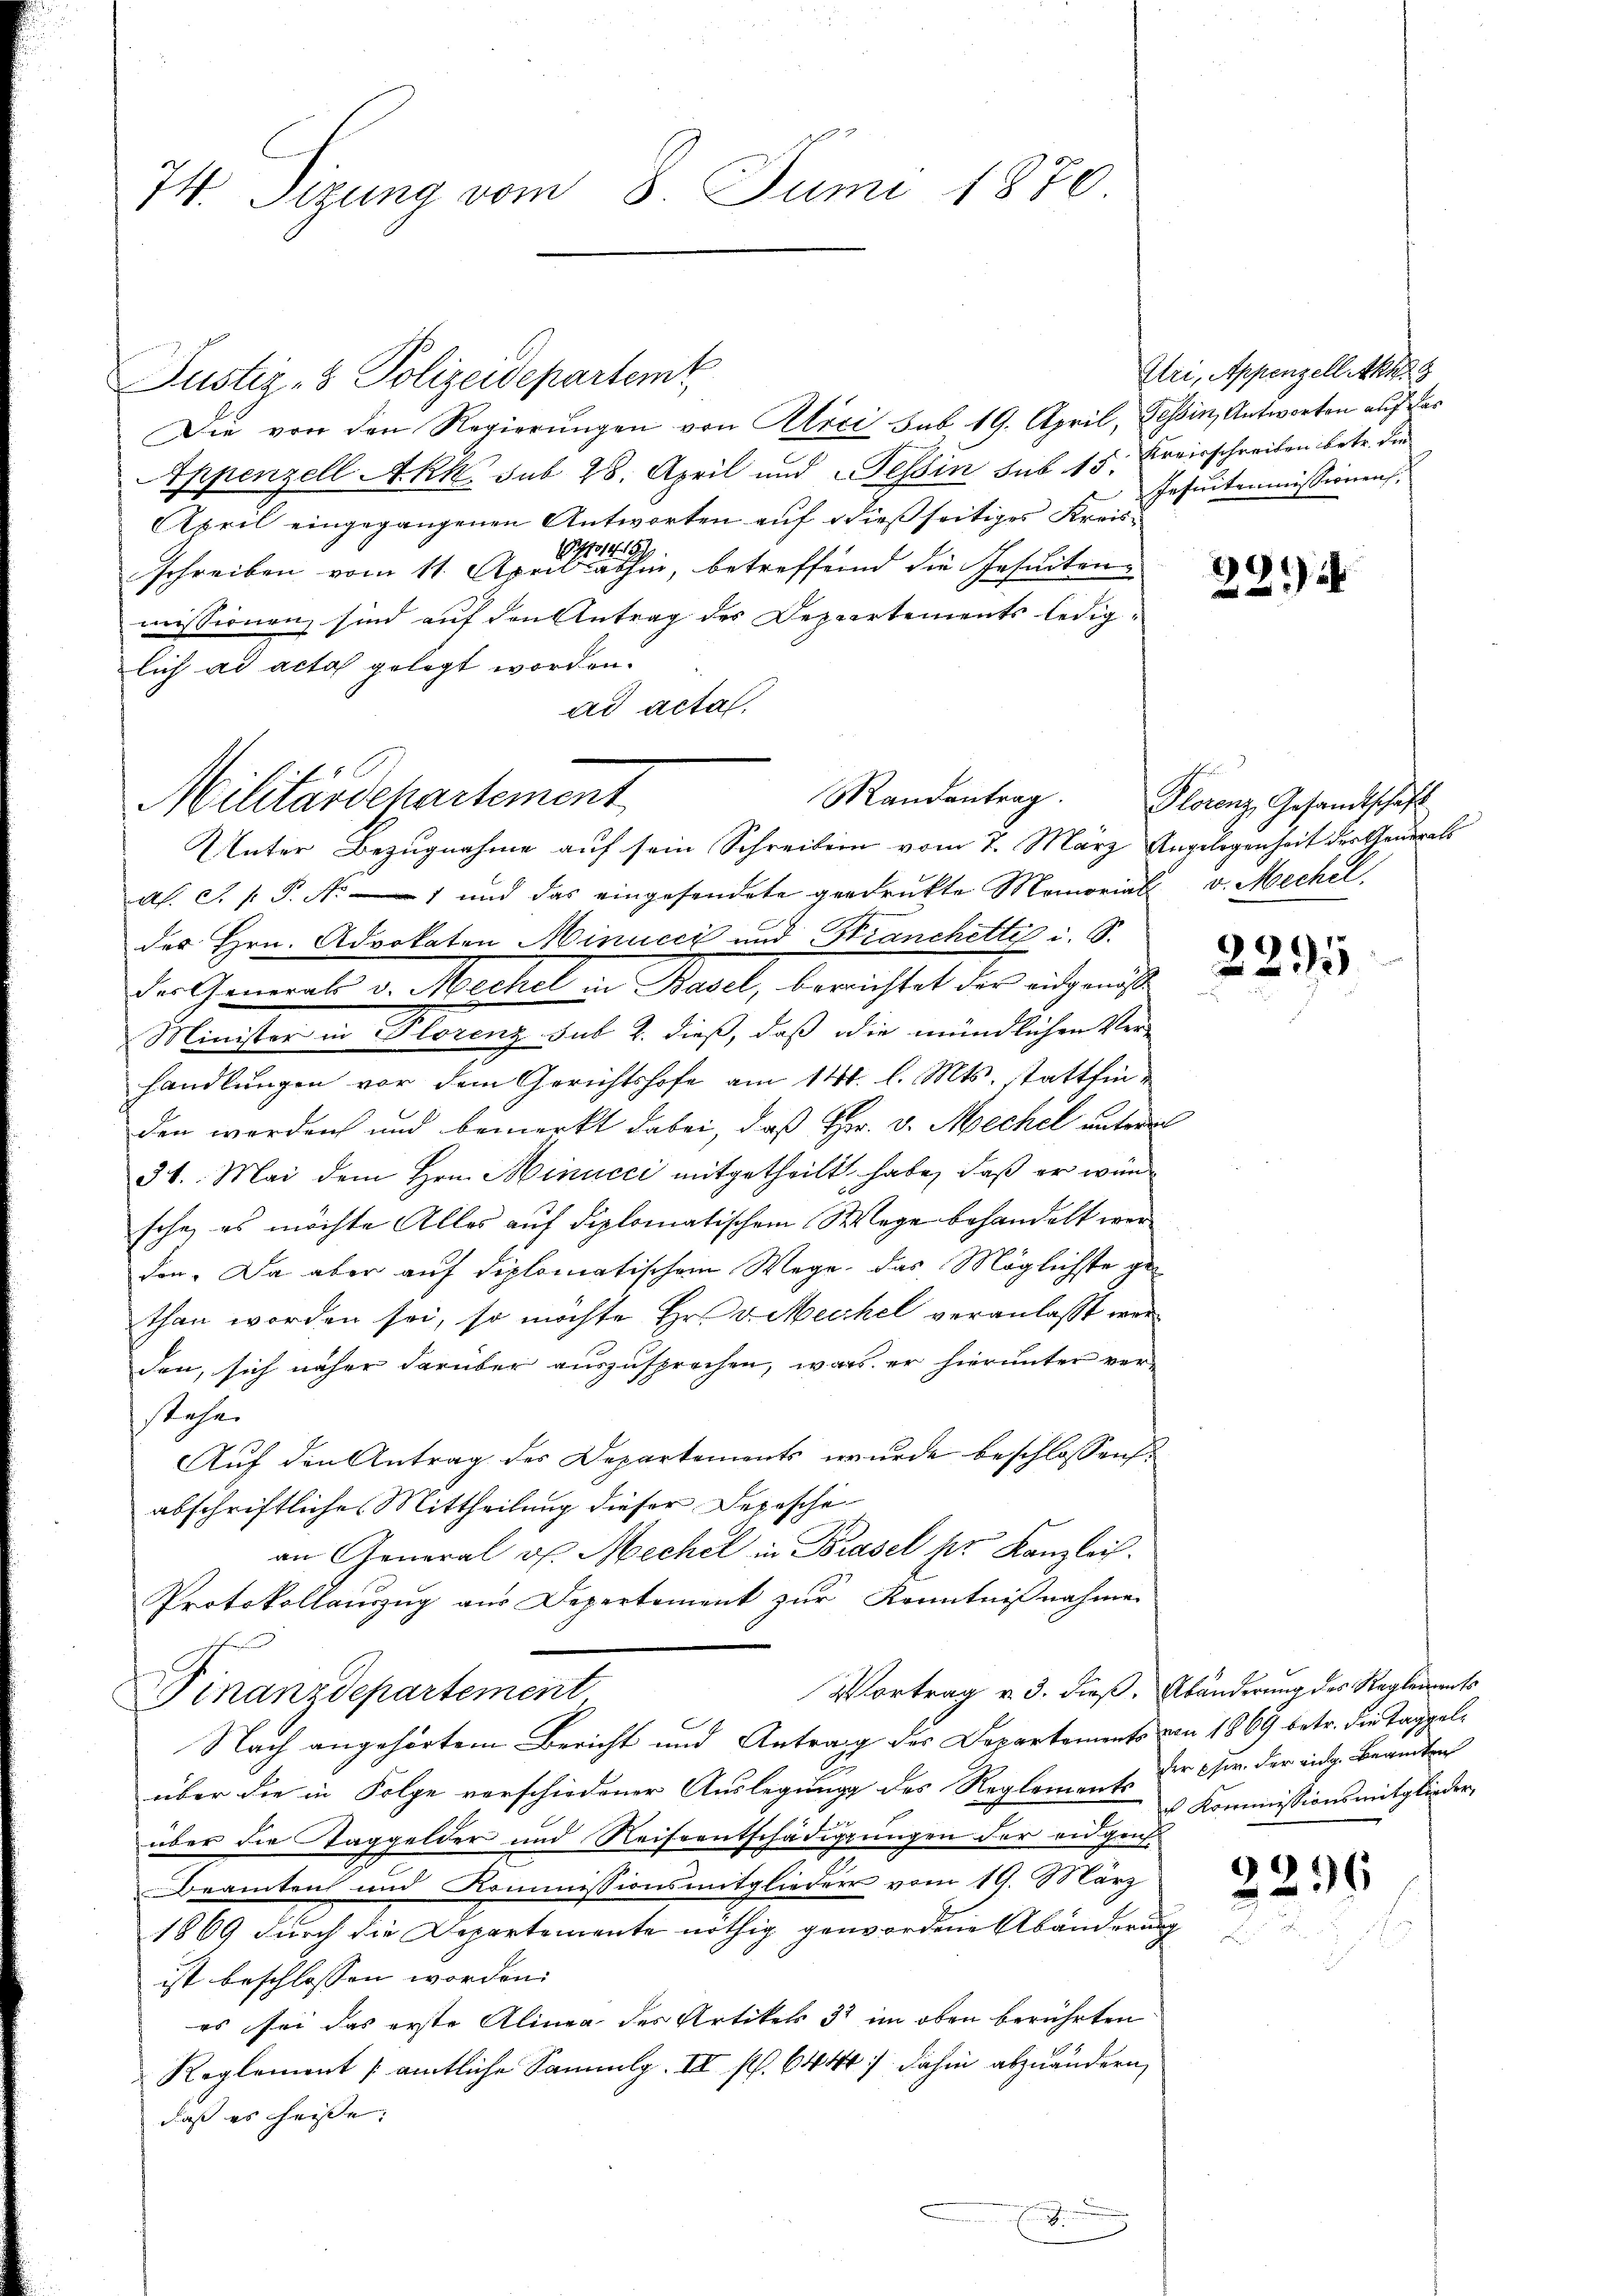
74. Sizung vom 8 Juni 1876.

Justiz- & Polizeidepartemt
Die von den Regierŭngen von Alici sub. 19. April, Tessin, Antworten auf des
Eppenzell Akk. sub 28. April und Tessin sub 15. Kreisschreiben betr. die
April eingegangenen Antworten auf dießseitiges Kreis-
schreiben vom 11. Aprillen, betreffend die Jesuiten
missionen sind auf den Antrag des Departements lediglich ad acta gelegt worden.
ad acta,
as. S. P.P. Nr. 1 und das eingesendete gedruckte Memorial v. Mechel
des Hrn. Advokaten Minucci und Stranchetti i. S.
Der Gemeint v. Mechel in Staat, berichtet das eigen
Minister in Florenz sul 2. dieß, daß die mündlichen Verhandlungen vor dem Gerichtshofe am 14t. l. Mts. stattfinden werden und bemerkt dabei, daß Hr. v. Mechel unterm
31. Mai dem Hrn. Minucci mitgetheilt habe, daß er wurde
sche, es möchte Alles auf diplomatischem Wege behandelt werden. Da aber auf diplomatischem Wege, das Möglichste gethan worden sei, so möchte Hr. v. Mechel veranlaßt worden, sich näher darüber auszusprechen, was er hierunter verstahlen
Auf den Antrag des Departements wurde beschlossens
abschriftlicher Mittheilung dieser Depesche
an General v. Mechel in Brasel her Kanzlich.
Protokollauszug aus Departement zur Kenntnißnahme
Vortrag v. 3. dieß. Abänderung des Reglements
Finanzdepartement
Nach angehörtem Bericht und Antrag des Departements von 1869 betr. die Taggelüber die in Folge verschiedener Auslegung des Reglements der Chr. der eidg. Beamten
über die Taggelder und Reiseentschädigungen der eidgeich
Beamten und Kommissionsmitglieder vom 19. März
1869 durch die Departemente nöthig gewordene Abänderung
ist beschlossen worden.
es sei das erste Alinea des Artikels 33 im oben berührten
Reglement amtliche Sammlg. II ff. 644 dahin abzuändern,
daß es heisse. |

Mandantrag.
Militärdehartement
Unter Bezugnahme auf sein Schreiben vom 7. März Angelegenheit der General

.

Atri, Appenzell Akt. 8
Insintemmissionen,

281

Plorenz, Gesandtschaft

.
295

Kommissionsmitglieder,

226